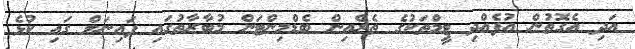
އަދި އެގޮތުން އުފެއްދި ޓީމްތަކުގެ ތެރެއިން ބެޑްމިންޓަން މުބާރާތުގައި ފައިނަލް ގައި ކުޅެ